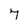
Character: 7